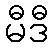
မီဒီ